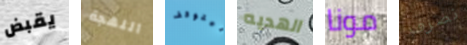
يقبض اللهجة ليتوقف الهديه مونا نصرف